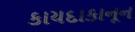
કાયદાકાનૂન